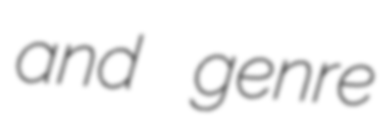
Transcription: and genre